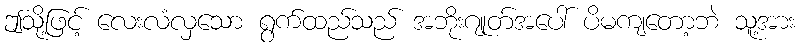
ဤသို့ဖြင့် လေးလံလှသော ရွက်ထည်သည် အဘိုးဂျုတ်အပေါ် ပိမကျတော့ဘဲ သူ့အား